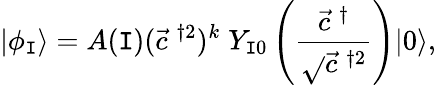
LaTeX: \vert\phi_{\mathtt{I}}\rangle=A(\mathtt{I})(\vec{{c}}^{\; \dagger2})^{k}\; Y_{\mathtt{I}0}\left(\frac{{\vec{{c}}^{\; \dagger}}}{{\sqrt{}{{\vec{{c}}^{\; \dagger2}}}}}\right)\vert0\rangle,